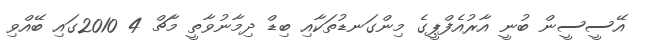
އޭސީސީން ބުނީ އާރުއެފްޕީގެ މިންގަނޑުތަކާއި ބިޑް ދިމާނުވާތީ މާޗް 4 2010ގައި ބޭއްވި